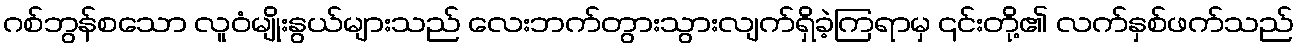
ဂစ်ဘွန်စသော လူဝံမျိုးနွယ်များသည် လေးဘက်တွားသွားလျက်ရှိခဲ့ကြရာမှ ၎င်းတို့၏ လက်နှစ်ဖက်သည်